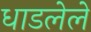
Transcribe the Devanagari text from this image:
धाडलेले